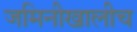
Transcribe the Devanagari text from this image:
जमिनीखालीच